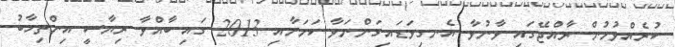
ކުރެއްވުމުން ރާއްޖޭގައި ވާނުވާ އެނގިވަޑައިގަންނަވާ ކަމަށާއި 2013 ގައި ބާއްވާ ރިޔާސީ އިންތިހާބު